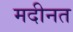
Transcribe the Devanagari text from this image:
मदीनत